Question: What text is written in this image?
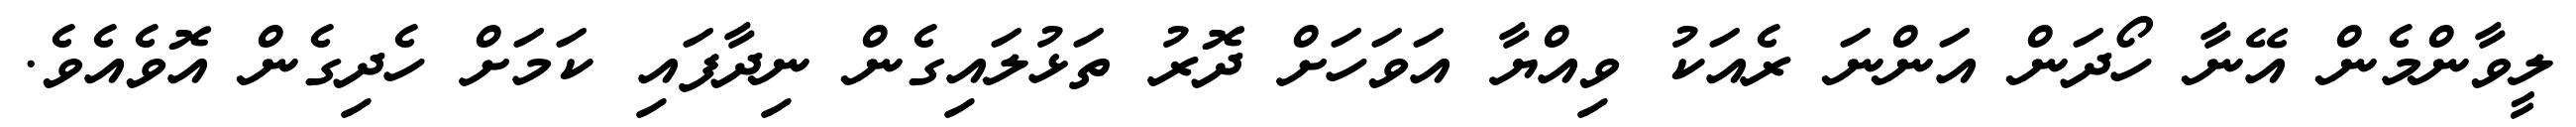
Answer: ލީވާންމެން އޭނާ ހޯދަން އަންނަ ރެއަކު ވިއްޔާ އަވަހަށް ދޮރު ތަޅުލައިގެން ނިދާފައި ކަމަށް ހެދިގެން އޮވެއެވެ.